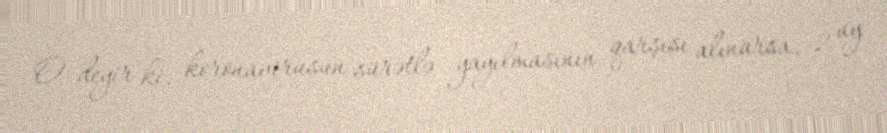
O deyir ki, koronavirusun sürətlə yayılmasının qarşısı alınarsa, 2 ay